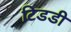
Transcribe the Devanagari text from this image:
टिडडी